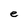
Character: e